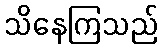
သိနေကြသည်